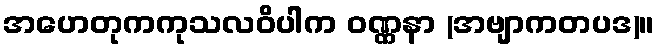
အဟေတုကကုသလဝိပါက ဝဏ္ဏနာ (အဗျာကတပဒ)။